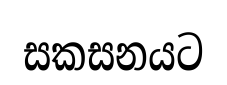
සකසනයට